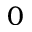
0